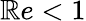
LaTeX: \mathbb{R}e<1